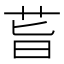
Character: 𦮂